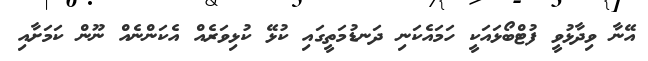
އޭނާ ވިދާޅުވީ ފުޓްބޯޅައަކީ ހަމައެކަނި ދަނޑުމަތީގައި ކުޅޭ ކުޅިވަރެއް އެކަންނެއް ނޫން ކަމަށާއި